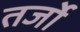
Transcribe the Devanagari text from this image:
तर्जो